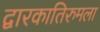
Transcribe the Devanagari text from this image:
द्वारकातिरुमला